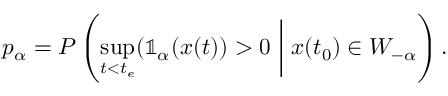
p _ { \alpha } = P \left( \operatorname* { s u p } _ { t < t _ { e } } ( \mathbb { 1 } _ { \alpha } ( \ensuremath { \boldsymbol { { x } } } ( t ) ) > 0 \ \middle | \; \ensuremath { \boldsymbol { { x } } } ( t _ { 0 } ) \in W _ { - \alpha } \right) .